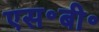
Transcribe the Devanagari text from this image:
एस॰बी॰